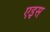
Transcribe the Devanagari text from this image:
एइस